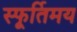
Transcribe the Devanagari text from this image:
स्फूर्तिमय